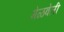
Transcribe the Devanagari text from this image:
मेळवेली